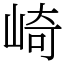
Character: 崎